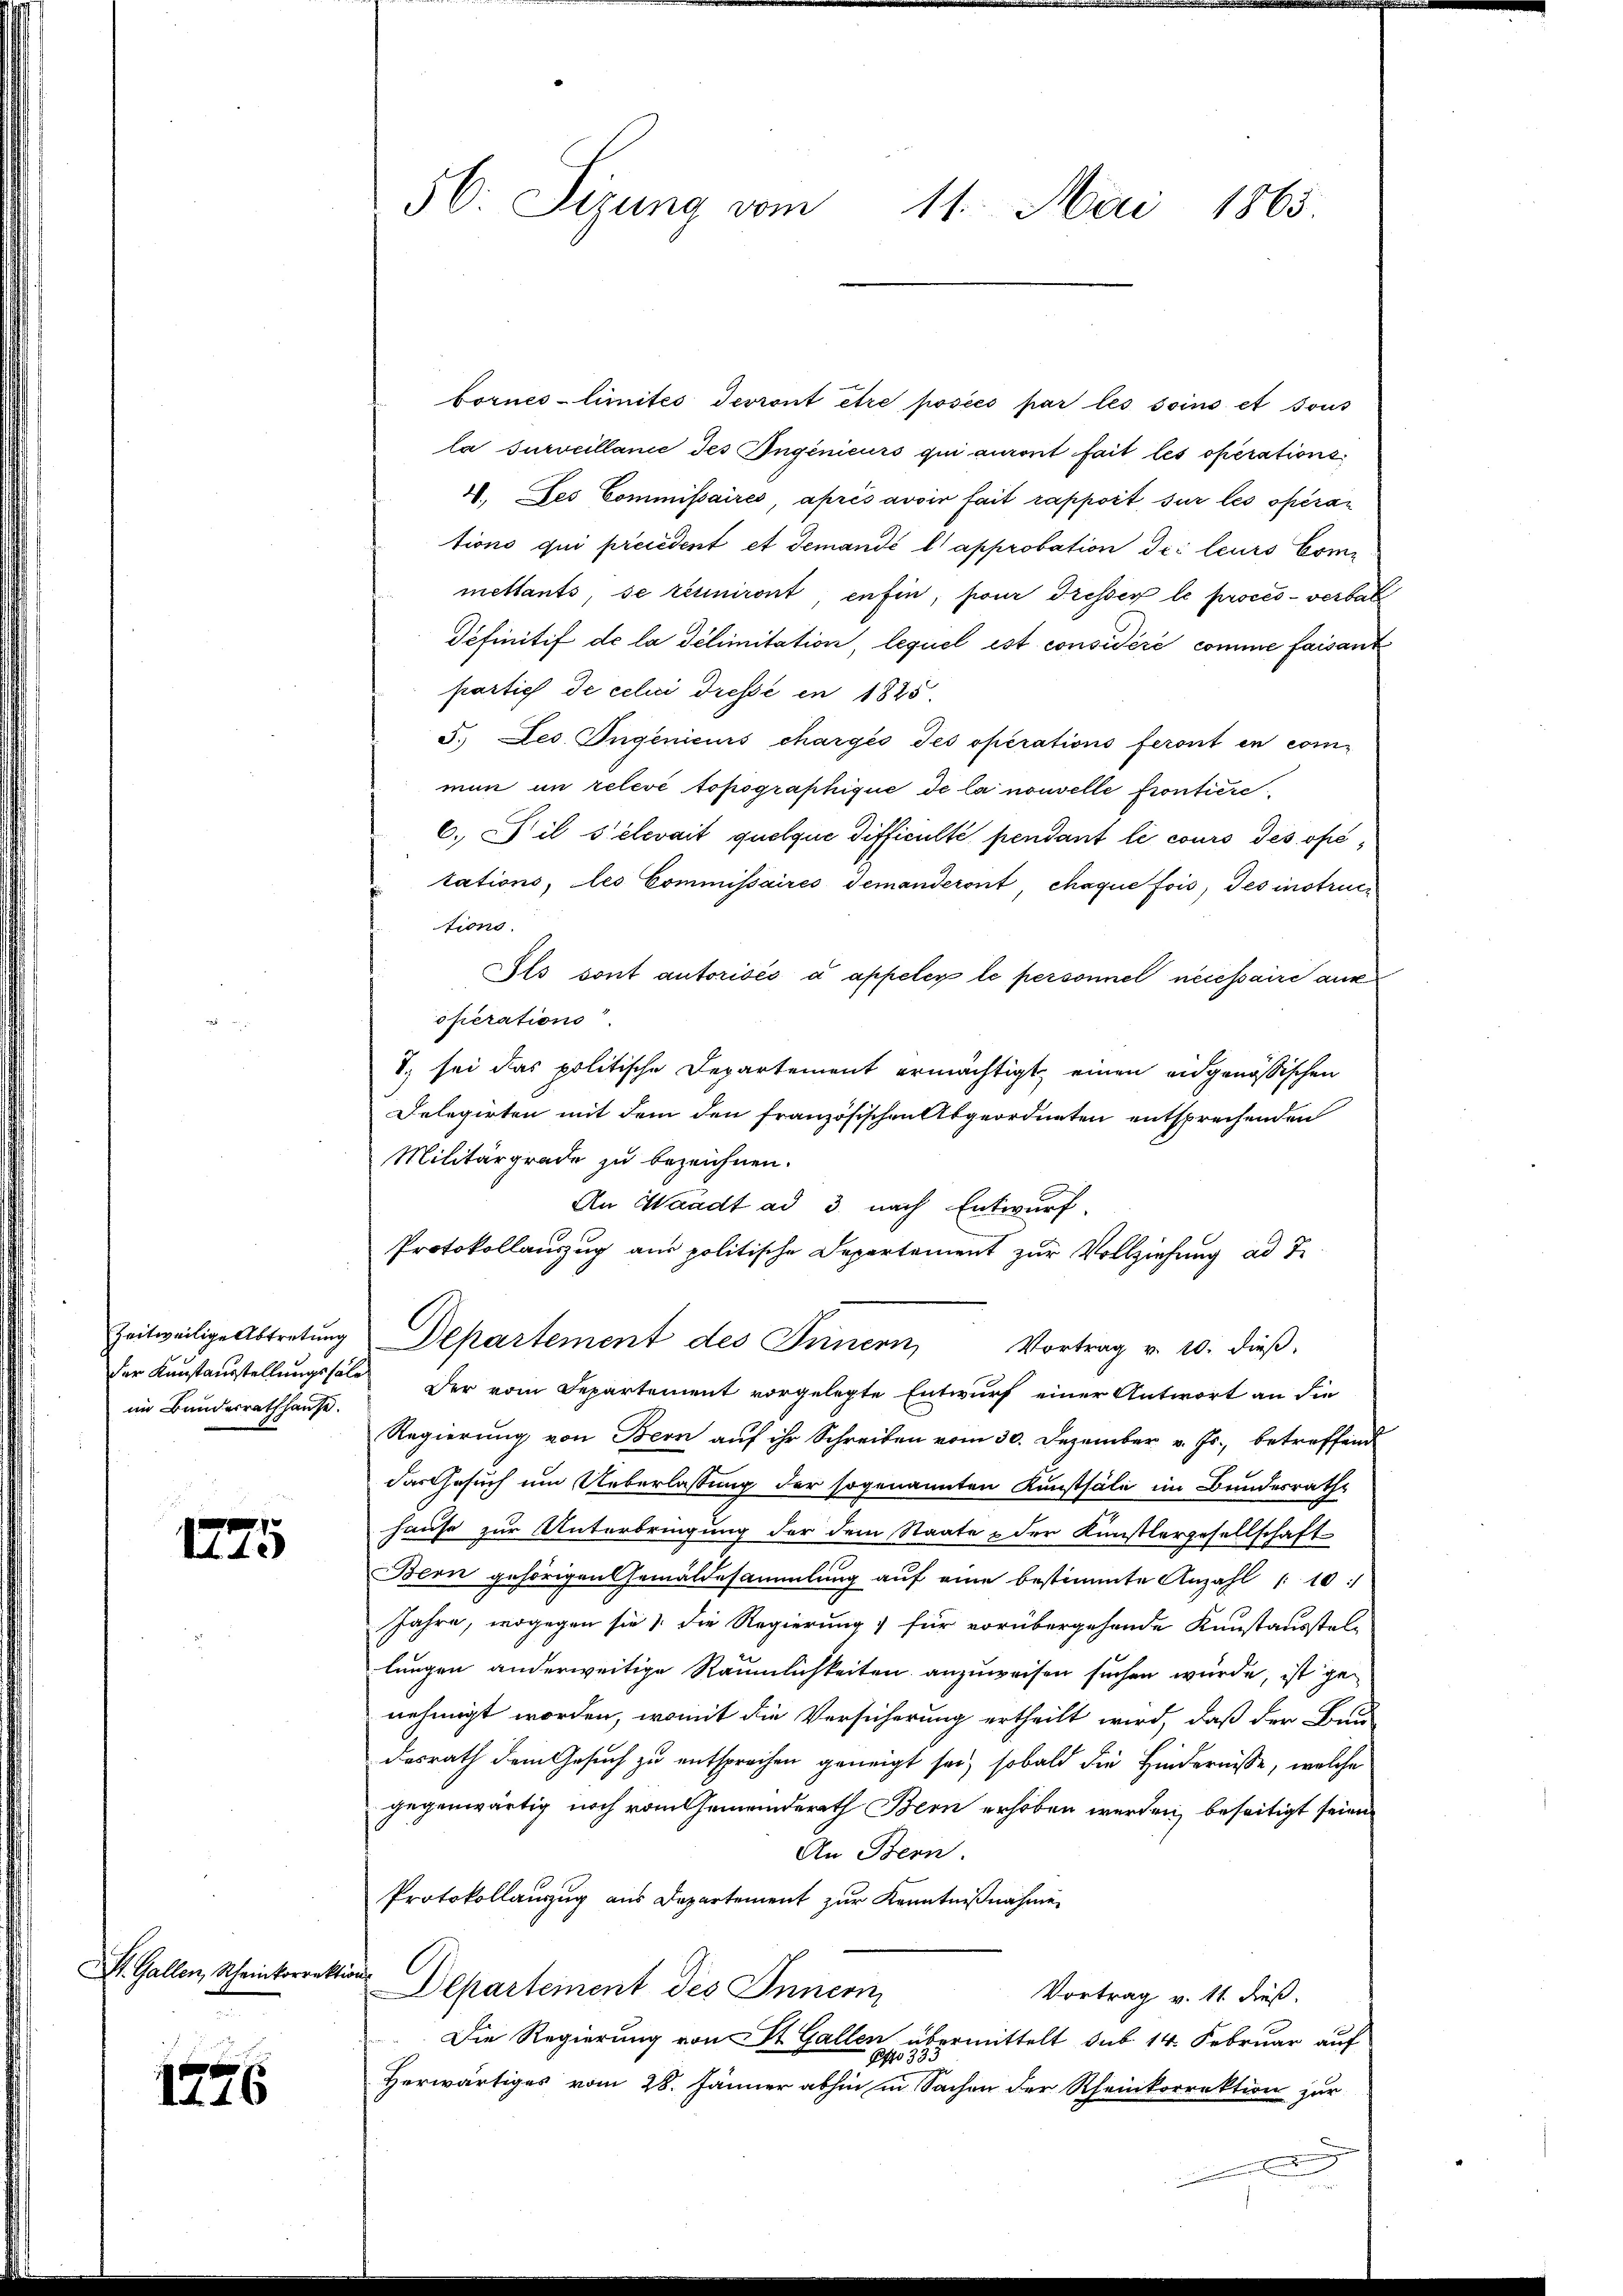
Zeitweilige Abtretung
im Bundesrathhause.

1225

St. Gallen, Rheinkorrekti

1776

56. Sizung vom 11. Mai 1865.

bornes-limités devront être posées par les soins et sous
la surveillanić des Ingenieurs qui auront fait les operations¬
4. Des Commissaires, après avoir fait rapport, sur les opéran
tions qui précédent et demandé l approbation dei leurs Commettants, se réuniront enfin, pour dresser le procès-verbal
Definitif de la délimitation, lequel est considéré comme faisant
partich de celui dresse en 1825
5. Des Ingenieurs chargés Jes operations feront en com-
mun in relevé topographique de la nouvelle frontiere
6. Wil s’élevait quelque difficulté pendant le cours des opétations, les Commissaires demanderont, chaque fois, des instructions.
Als sont autorisés a appeler le personnel nécessaire aus
operations
S. sei das politische Departement ermächtigt, einen eidgenössischen
Delegirten mit dem den französischen Abgeordneten entsprechenden
Militärgrade zu bezeichnen.
An Waadt ad 3. nach Entwurf.
Protokollauszug aus politische Departement zur Vollziehung ad 2.
Departement des Innern, Vortrag v. 20. dieß.
der Kunstausstellungssale der vom Departement vorgelegte Entwurf einer Antwort an die
Regierung von Bern aŭf ihr Schreiben vom 30. Dezember v. Js., betreffend
dasGesuch um Ueberlassung der sogenannten Kunstsäle im Bundesrathe
hause zur Unterbringung der dem Staate & der Künstlergesellschaft
Bern gehörigen Gemäldesammlung auf eine bestimmte Anzahl " 10:
Jahre, wogegen sie die Regierung für vorübergehende Kunstausstellungen anderweitige Räumlichkeiten anzuweisen suchen würde, ist genehmigt worden, womit die Versicherung ertheilt wird, daß der Bau-
desrath dem Gesuch zu entsprochen geneigt sei, sobald die Hindernisse, welche
gegenwärtig noch vom Gemeinderath Bern erhoben werden, beseitigt seien
An Bern.
Protokollauszug aus Departement zur Kenntnißnahme
f
DDepartement des Innerin
Vortrag v. 11. dieß.
Die Regierung von St. Gallen übermittelt sub 14. Februar auf
Pfo 335
Herwärtiges vom 28. Jänner abhin in Sachen der Rheinkorrektion zur